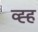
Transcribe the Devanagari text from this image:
व्ह्ह